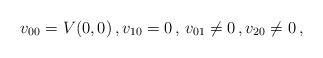
LaTeX: \begin{align*}v_{00} = V(0,0)\,, v_{10} =0\,, \, v_{01} \neq 0\,, v_{20} \neq 0\,,\end{align*}